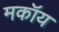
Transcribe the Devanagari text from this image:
मकॉय